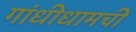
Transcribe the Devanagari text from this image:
गांधीधामची